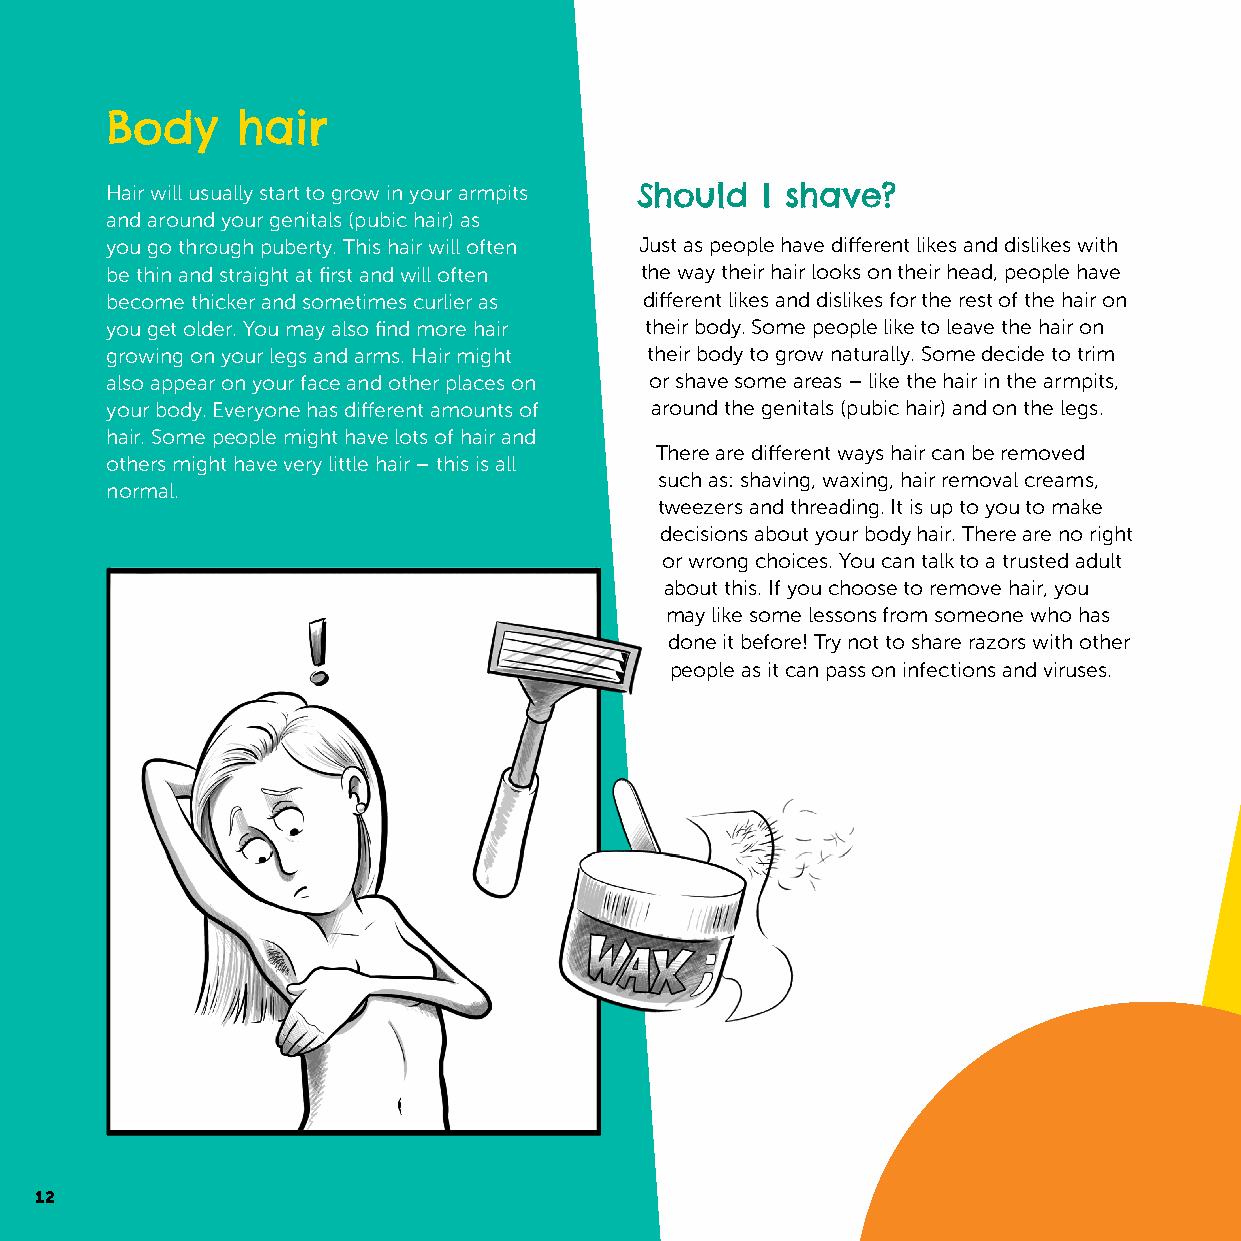
Body     hair
 Hair will usually start to grow in your armpits Should I shave?
 and around your genitals (pubic hair) as
 you go through puberty. This hair will often Just as people have different likes and dislikes with
 be thin and straight at first and will often the way their hair looks on their head, people have
 become thicker and sometimes curlier as different likes and dislikes for the rest of the hair on
 you get older. You may also find more hair their body. Some people like to leave the hair on
 growing on your legs and arms. Hair might their body to grow naturally. Some decide to trim
 also appear on your face and other places on or shave some areas – like the hair in the armpits,
 your body. Everyone has different amounts of around the genitals (pubic hair) and on the legs.
 hair. Some people might have lots of hair and
 There are different ways hair can be removed
 others might have very little hair – this is all
 such as: shaving, waxing, hair removal creams,
 normal.
 tweezers and threading. It is up to you to make
 decisions about your body hair. There are no right
 or wrong choices. You can talk to a trusted adult
 about this. If you choose to remove hair, you
 may like some lessons from someone who has
 done it before! Try not to share razors with other
 people as it can pass on infections and viruses.
 12